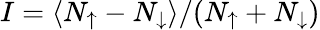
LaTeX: I=\langle N_{\uparrow}-N_{\downarrow}\rangle/(N_{\uparrow}+N_{\downarrow})